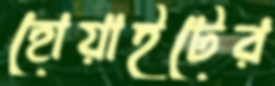
হোয়াইটের